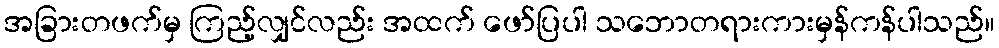
အခြားတဖက်မှ ကြည့်လျှင်လည်း အထက် ဖော်ပြပါ သဘောတရားကားမှန်ကန်ပါသည်။